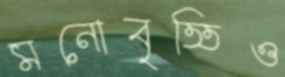
মনোবৃত্তিও